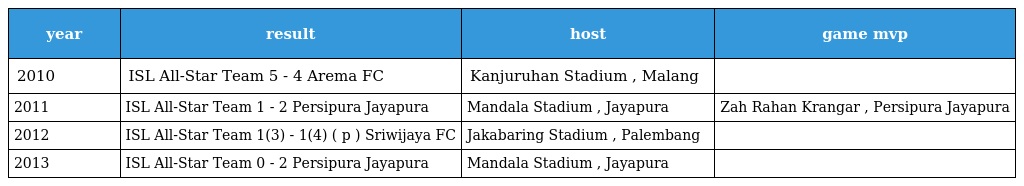
| year | result | host | game mvp |
 | --- | --- | --- | --- |
 | 2010 | ISL All-Star Team 5 - 4 Arema FC | Kanjuruhan Stadium , Malang |  |
 | 2011 | ISL All-Star Team 1 - 2 Persipura Jayapura | Mandala Stadium , Jayapura | Zah Rahan Krangar , Persipura Jayapura |
 | 2012 | ISL All-Star Team 1(3) - 1(4) ( p ) Sriwijaya FC | Jakabaring Stadium , Palembang |  |
 | 2013 | ISL All-Star Team 0 - 2 Persipura Jayapura | Mandala Stadium , Jayapura |  |